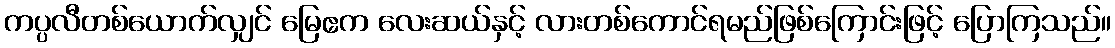
ကပ္ပလီတစ်ယောက်လျှင် မြေဧက လေးဆယ်နှင့် လားတစ်ကောင်ရမည်ဖြစ်ကြောင်းဖြင့် ပြောကြသည်။